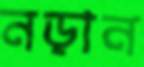
নড়ান